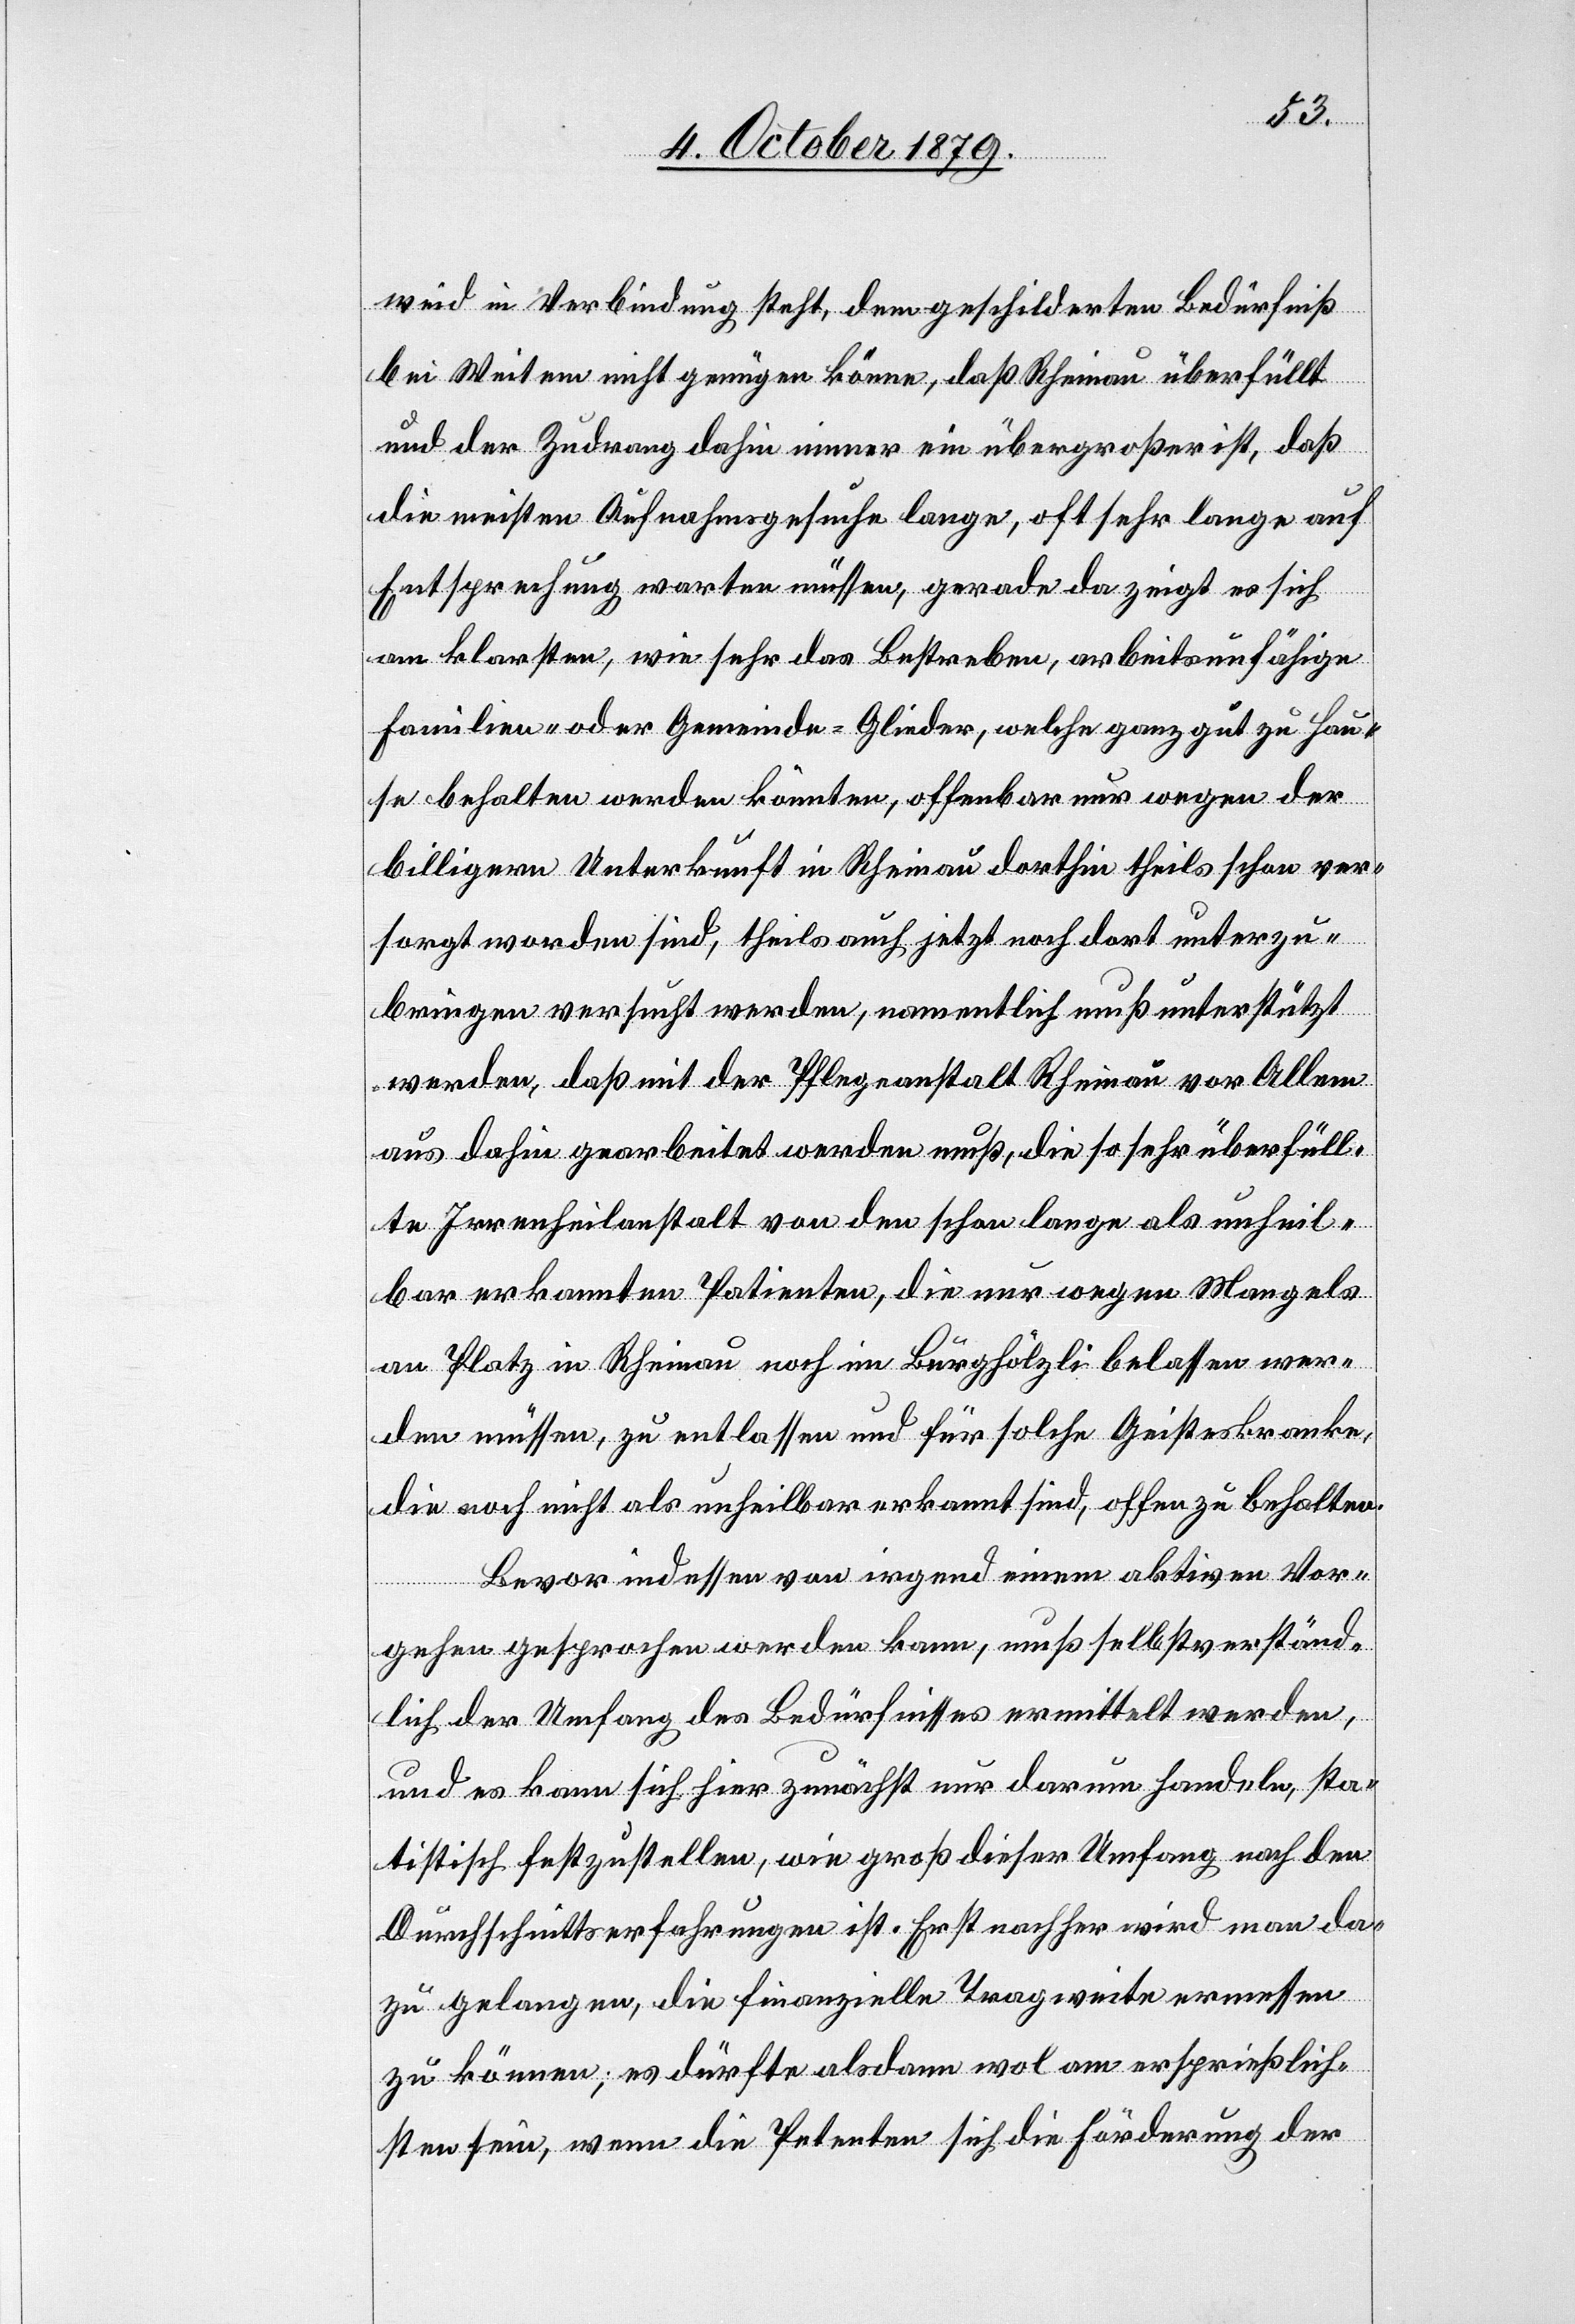
weid in Verbindung steht, dem geschilderten Bedürfniß
bei Weitem nicht genügen könne, daß Rheinau überfüllt
und der Zudrang dahin immer ein übergroßer ist, daß
die meisten Aufnahmegesuche lange, oft sehr lange auf
Entsprechung warten müßen, gerade da zeigt es sich
am klarsten, wie sehr das Bestreben, arbeitsunfähige
Familien- oder Gemeinde-Glieder, welche ganz gut zu Hau¬
se behalten werden könnten, offenbar nur wegen der
billigern Unterkunft in Rheinau dorthin theils schon ver¬
sorgt worden sind, theils auch jetzt noch dort unterzu¬
bringen versucht werden, namentlich muß unterstützt
werden, daß mit der Pflegeanstalt Rheinau vor Allem
aus dahin gearbeitet werden muß, die so sehr überfüll¬
te Irrenheilanstalt von den schon lange als unheil¬
bar erkannten Patienten, die nur wegen Mangels
an Platz in Rheinau noch im Burghölzli belassen wer¬
den müssen, zu entlassen und für solche Geisteskranke,
die noch nicht als unheilbar erkannt sind, offen zu behalten.
Bevor indessen von irgend einem aktiven Vor¬
gehen gesprochen werden kann, muß selbstverständ¬
lich der Umfang des Bedürfnisses ermittelt werden,
und es kann sich hier zunächst nur darum handeln, sta¬
tistisch festzustellen, wie groß dieser Umfang nach den
Durchschnittserfahrungen ist. Erst nachher wird man da¬
zu gelangen, die finanzielle Tragweite ermessen
zu können; es dürfte alsdann wol am ersprießlich¬
sten sein, wenn die Petenten sich die Förderung der